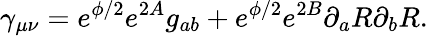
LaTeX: \gamma_{\mu\nu}=e^{\phi/2}e^{2A}g_{ab}+e^{\phi/2}e^{2B}\partial_{a}R\partial_{b}R.